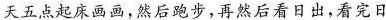
天五点起床画画，然后跑步，再然后看日出，看完日